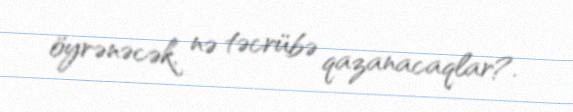
öyrənəcək, nə təcrübə qazanacaqlar?.